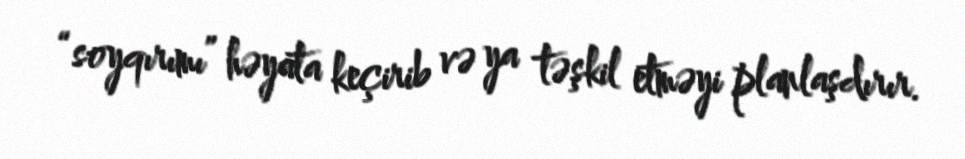
“soyqırımı” həyata keçirib və ya təşkil etməyi planlaşdırır.